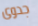
جدوى